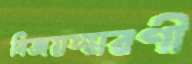
বিজয়স্মরণী